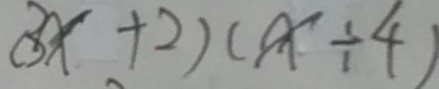
( 3 x + 2 ) ( x \div 4 )